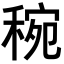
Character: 𥟶